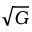
\sqrt { G }